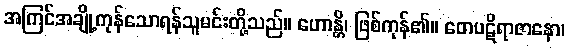
အကြင်အချို့ကုန်သောရန်သူမင်းတို့သည်။ ဟောန္တိ၊ ဖြစ်ကုန်၏။ တေပဋိရာဇာနော၊